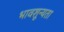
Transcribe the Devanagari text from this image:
भावशून्यता